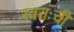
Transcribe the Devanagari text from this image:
स्वतःची